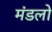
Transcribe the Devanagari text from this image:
मंडलो